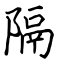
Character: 隔